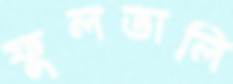
ফুলডালি